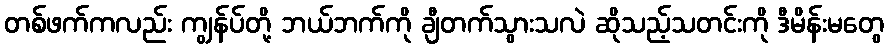
တစ်ဖက်ကလည်း ကျွန်ပ်တို့ ဘယ်ဘက်ကို ချီတက်သွားသလဲ ဆိုသည့်သတင်းကို ဒီမိန်းမတွေ